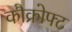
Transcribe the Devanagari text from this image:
कौक्रोफ्ट